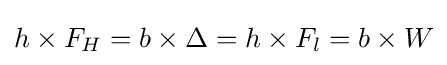
h\times F_{H}=b\times \Delta =h\times F_{l}=b\times W